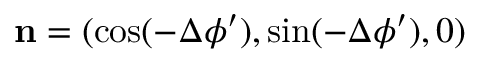
{ \bf n } = ( \cos ( - \Delta \phi ^ { \prime } ) , \sin ( - \Delta \phi ^ { \prime } ) , 0 )